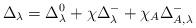
LaTeX: \begin{align*} \Delta_{\lambda} = \Delta_{\lambda}^0 + \chi \Delta_{\lambda}^- + \chi_A \Delta_{A, \lambda}^-\end{align*}